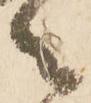
々